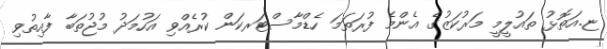
ޏ.އަތޮޅު ތައުލީމީ މަރުކަޒުގެ އެންމެ ފުރަތަމަ ހެޑްމާސްޓަރކަން ކުރެއްވި އަހުމަދު މުޖުތަބާ ފާއިތުވި